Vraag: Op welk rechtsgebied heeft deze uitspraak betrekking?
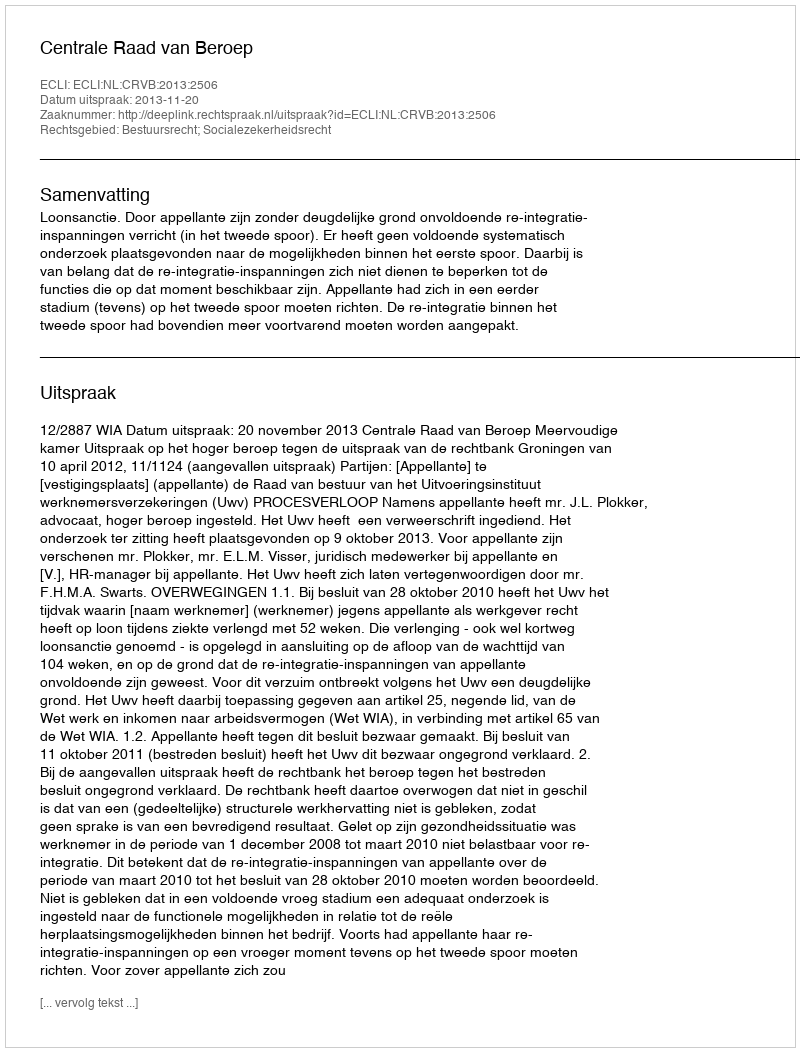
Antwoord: Bestuursrecht; Socialezekerheidsrecht